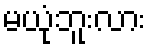
မယုံဘူးလား